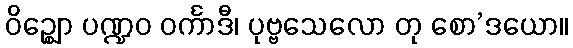
ဝိဉ္ဈော ပဏ္ဍဝ ဝင်္ကာဒီ၊ ပုဗ္ဗသေလော တု စော’ဒယော။